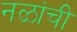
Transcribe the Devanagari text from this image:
नळांची